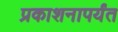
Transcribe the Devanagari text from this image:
प्रकाशनापर्यंत